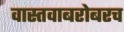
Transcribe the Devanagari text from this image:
वास्तवाबरोबरच